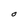
Character: O